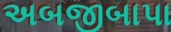
અબજીબાપા